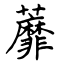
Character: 蘼